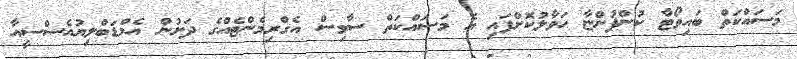
މަސައްކަތް ބައިވޯޓާ ކުންފުންޏާ ހަވާލުކޮށްފައި އެ މަސައްކަތް ސާވިސް އެގްރިމެންޓެއްގެ ދަށުން އެމްޑަބްލިޔުއެސްސީއާ